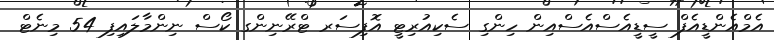
އެމްއެންޑީއެފް ސީޑީއެސްއެސްއިން ހިންގި ސެކިއުރިޓީ އޮފިސަރ ޓްރޭނިންގ ކޯސް ނިންމާލައިފި 54 މިނެޓް